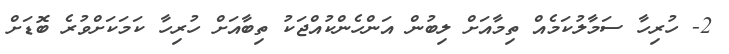
2- ހުރިހާ ސަމާލުކަމެއް ތިމާއަށް ލިބުން އަންހެންކުއްޖަކު ތިބާއަށް ހުރިހާ ކަމަކަށްވުރެ ބޮޑަށް